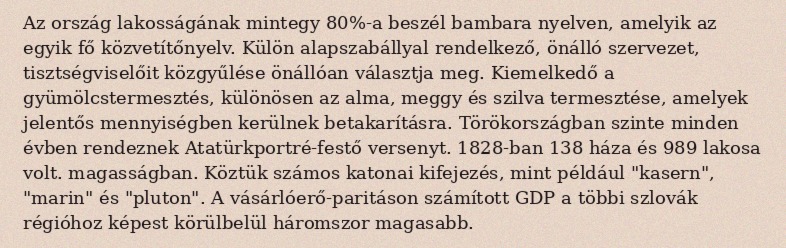
Az ország lakosságának mintegy 80%-a beszél bambara nyelven, amelyik az egyik fő közvetítőnyelv. Külön alapszabállyal rendelkező, önálló szervezet, tisztségviselőit közgyűlése önállóan választja meg. Kiemelkedő a gyümölcstermesztés, különösen az alma, meggy és szilva termesztése, amelyek jelentős mennyiségben kerülnek betakarításra. Törökországban szinte minden évben rendeznek Atatürkportré-festő versenyt. 1828-ban 138 háza és 989 lakosa volt. magasságban. Köztük számos katonai kifejezés, mint például "kasern", "marin" és "pluton". A vásárlóerő-paritáson számított GDP a többi szlovák régióhoz képest körülbelül háromszor magasabb.